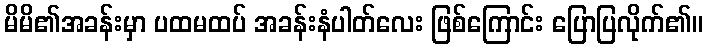
မိမိ၏အခန်းမှာ ပထမထပ် အခန်းနံပါတ်လေး ဖြစ်ကြောင်း ပြောပြလိုက်၏။